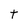
Character: t